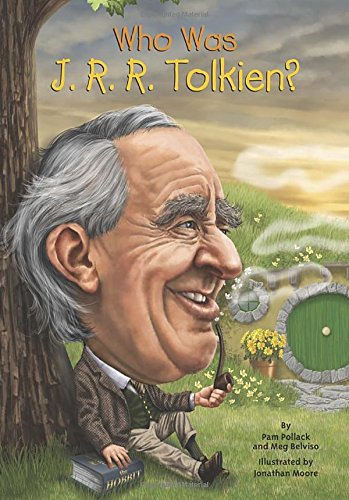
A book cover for Who Was J. R. R. Tolkien?; Pamela D. Pollack; Children's Books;